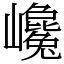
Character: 巉